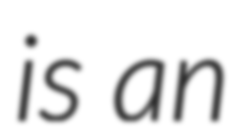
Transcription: is an